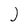
Character: J